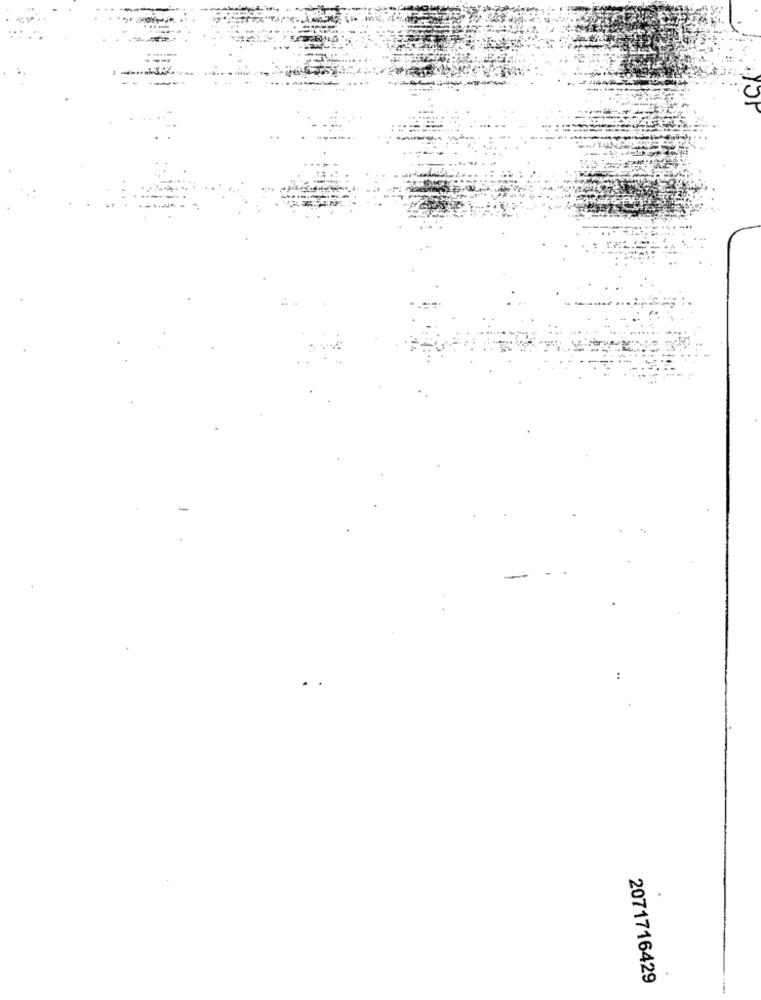
..
2071716429
-